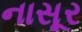
નાસૂર